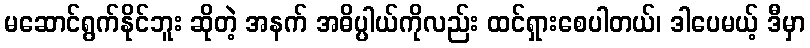
မဆောင်ရွက်နိုင်ဘူး ဆိုတဲ့ အနက် အဓိပ္ပါယ်ကိုလည်း ထင်ရှားစေပါတယ်၊ ဒါပေမယ့် ဒီမှာ